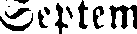
Septem